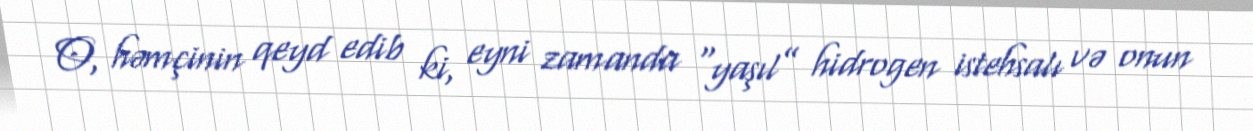
O, həmçinin qeyd edib ki, eyni zamanda “yaşıl” hidrogen istehsalı və onun